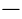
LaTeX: \mathfrak{-}